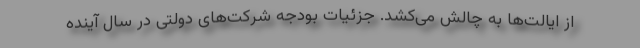
از ایالت‌ها به چالش می‌کشد. جزئیات بودجه شرکت‌های دولتی در سال آینده